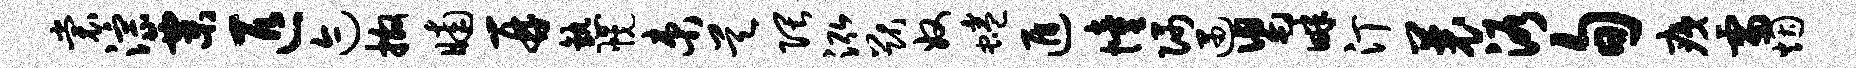
裳淙粟匹迹撒晡再熟幌束昊隈泓猷奴蜷遁憧隅遇舄畔汀曩浴旬痍雷烟